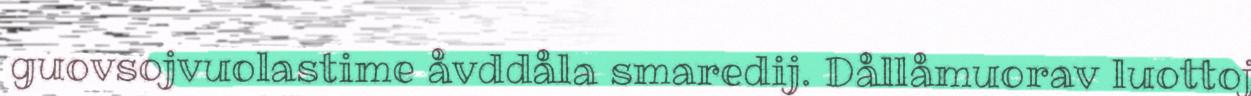
guovsojvuolastime åvddåla smaredij. Dållåmuorav luottoj